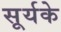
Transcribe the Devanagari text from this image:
सूर्यके